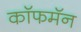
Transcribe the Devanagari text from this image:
कॉफमॅन